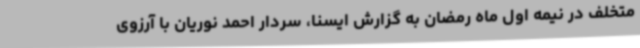
متخلف در نیمه اول ماه رمضان به گزارش ایسنا، سردار احمد نوریان با آرزوی